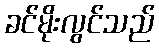
ခင်မိုးလွင်သည်